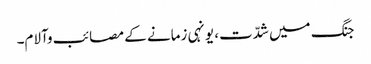
جنگ میں شدّت، یونہی زمانے کے مصائب وآلام۔